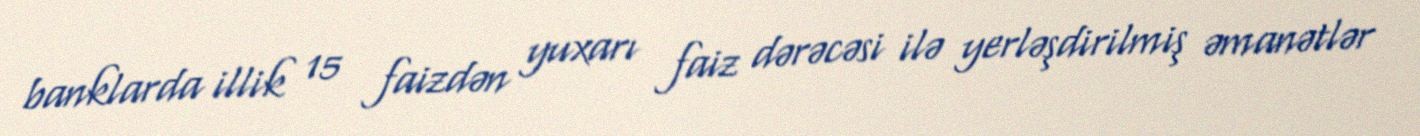
banklarda illik 15 faizdən yuxarı faiz dərəcəsi ilə yerləşdirilmiş əmanətlər